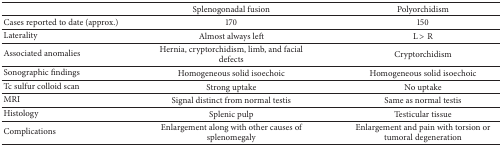
<table><thead><tr><td><b> </b></td><td><b>Splenogonadal fusion</b></td><td><b>Polyorchidism</b></td></tr></thead><tbody><tr><td>Cases reported to date (approx.)</td><td>170</td><td>150</td></tr><tr><td>Laterality</td><td>Almost always left</td><td>L &gt; R</td></tr><tr><td>Associated anomalies</td><td>Hernia, cryptorchidism, limb, and facial defects</td><td>Cryptorchidism</td></tr><tr><td>Sonographic findings</td><td>Homogeneous solid isoechoic</td><td>Homogeneous solid isoechoic</td></tr><tr><td>Tc sulfur colloid scan</td><td>Strong uptake</td><td>No uptake</td></tr><tr><td>MRI</td><td>Signal distinct from normal testis</td><td>Same as normal testis</td></tr><tr><td>Histology</td><td>Splenic pulp</td><td>Testicular tissue</td></tr><tr><td>Complications</td><td>Enlargement along with other causes of splenomegaly</td><td>Enlargement and pain with torsion or tumoral degeneration</td></tr></tbody></table>